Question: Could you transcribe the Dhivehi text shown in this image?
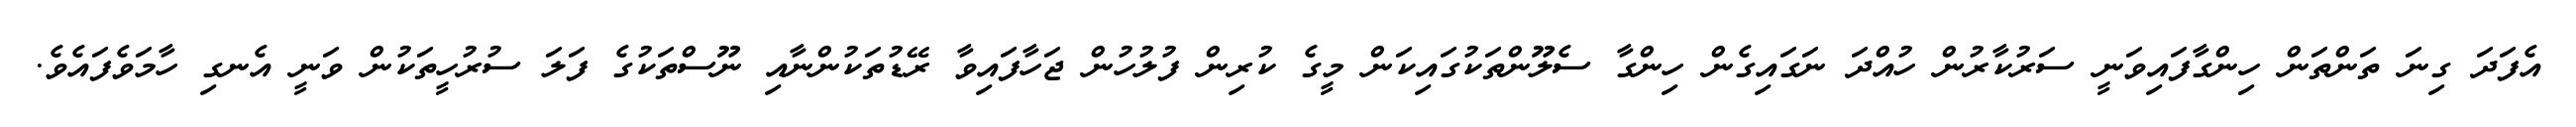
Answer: އެފަދަ ގިނަ ތަންތަން ހިންގާފައިވަނީ ސަރުކާރުން ހުއްދަ ނަގައިގެން ހިންގާ ސެލޫންތަކުގައިކަން މީގެ ކުރިން ފުލުހުން ޖަހާފައިވާ ރޭޑުތަކުންނާއި ނޫސްތަކުގެ ފަލަ ސުރުހީތަކުން ވަނީ އެނގި ހާމަވެފައެވެ.